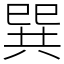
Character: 巽